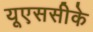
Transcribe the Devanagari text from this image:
यूएससीके